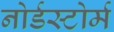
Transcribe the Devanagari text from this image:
नोर्डस्टोर्म